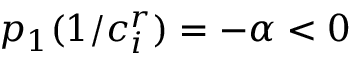
p _ { 1 } ( 1 / c _ { i } ^ { r } ) = - \alpha < 0